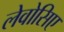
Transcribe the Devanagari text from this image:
लेवोसिए